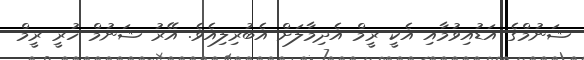
ޝަނުމްގެ އަޑުއިވުމާއި އެކީ ރީމް އެދިމާލަށް އެބުރިލިއެވެ. އޭރު ޝަނުމް ހުރީ ރީމް